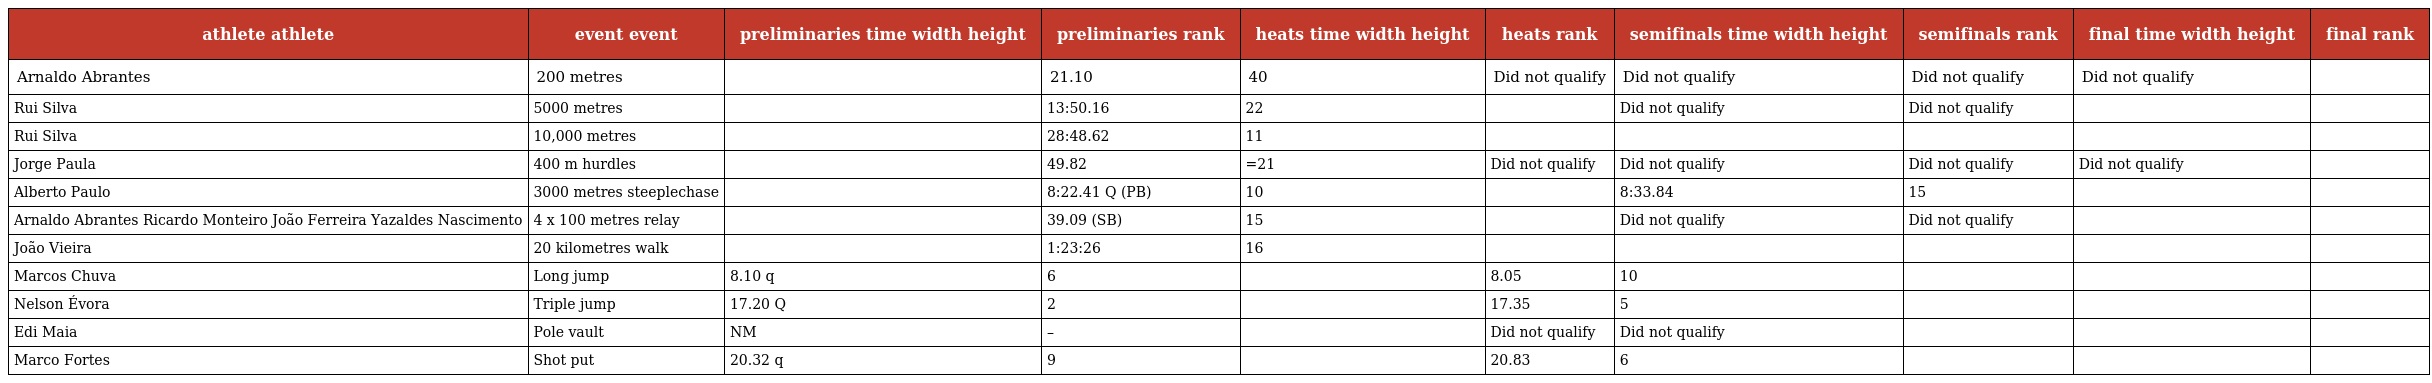
| athlete athlete | event event | preliminaries time width height | preliminaries rank | heats time width height | heats rank | semifinals time width height | semifinals rank | final time width height | final rank |
 | --- | --- | --- | --- | --- | --- | --- | --- | --- | --- |
 | Arnaldo Abrantes | 200 metres |  | 21.10 | 40 | Did not qualify | Did not qualify | Did not qualify | Did not qualify |  |
 | Rui Silva | 5000 metres |  | 13:50.16 | 22 |  | Did not qualify | Did not qualify |  |  |
 | Rui Silva | 10,000 metres |  | 28:48.62 | 11 |  |  |  |  |  |
 | Jorge Paula | 400 m hurdles |  | 49.82 | =21 | Did not qualify | Did not qualify | Did not qualify | Did not qualify |  |
 | Alberto Paulo | 3000 metres steeplechase |  | 8:22.41 Q (PB) | 10 |  | 8:33.84 | 15 |  |  |
 | Arnaldo Abrantes Ricardo Monteiro João Ferreira Yazaldes Nascimento | 4 x 100 metres relay |  | 39.09 (SB) | 15 |  | Did not qualify | Did not qualify |  |  |
 | João Vieira | 20 kilometres walk |  | 1:23:26 | 16 |  |  |  |  |  |
 | Marcos Chuva | Long jump | 8.10 q | 6 |  | 8.05 | 10 |  |  |  |
 | Nelson Évora | Triple jump | 17.20 Q | 2 |  | 17.35 | 5 |  |  |  |
 | Edi Maia | Pole vault | NM | – |  | Did not qualify | Did not qualify |  |  |  |
 | Marco Fortes | Shot put | 20.32 q | 9 |  | 20.83 | 6 |  |  |  |